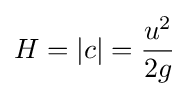
H=|c|={\frac {u^{2}}{2g}}